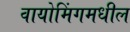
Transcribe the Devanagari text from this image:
वायोमिंगमधील